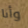
وأنا